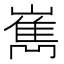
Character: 嶲